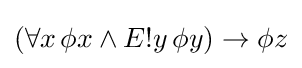
(\forall x\,\phi x\land E!y\,\phi y)\rightarrow \phi z